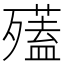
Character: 𣩱